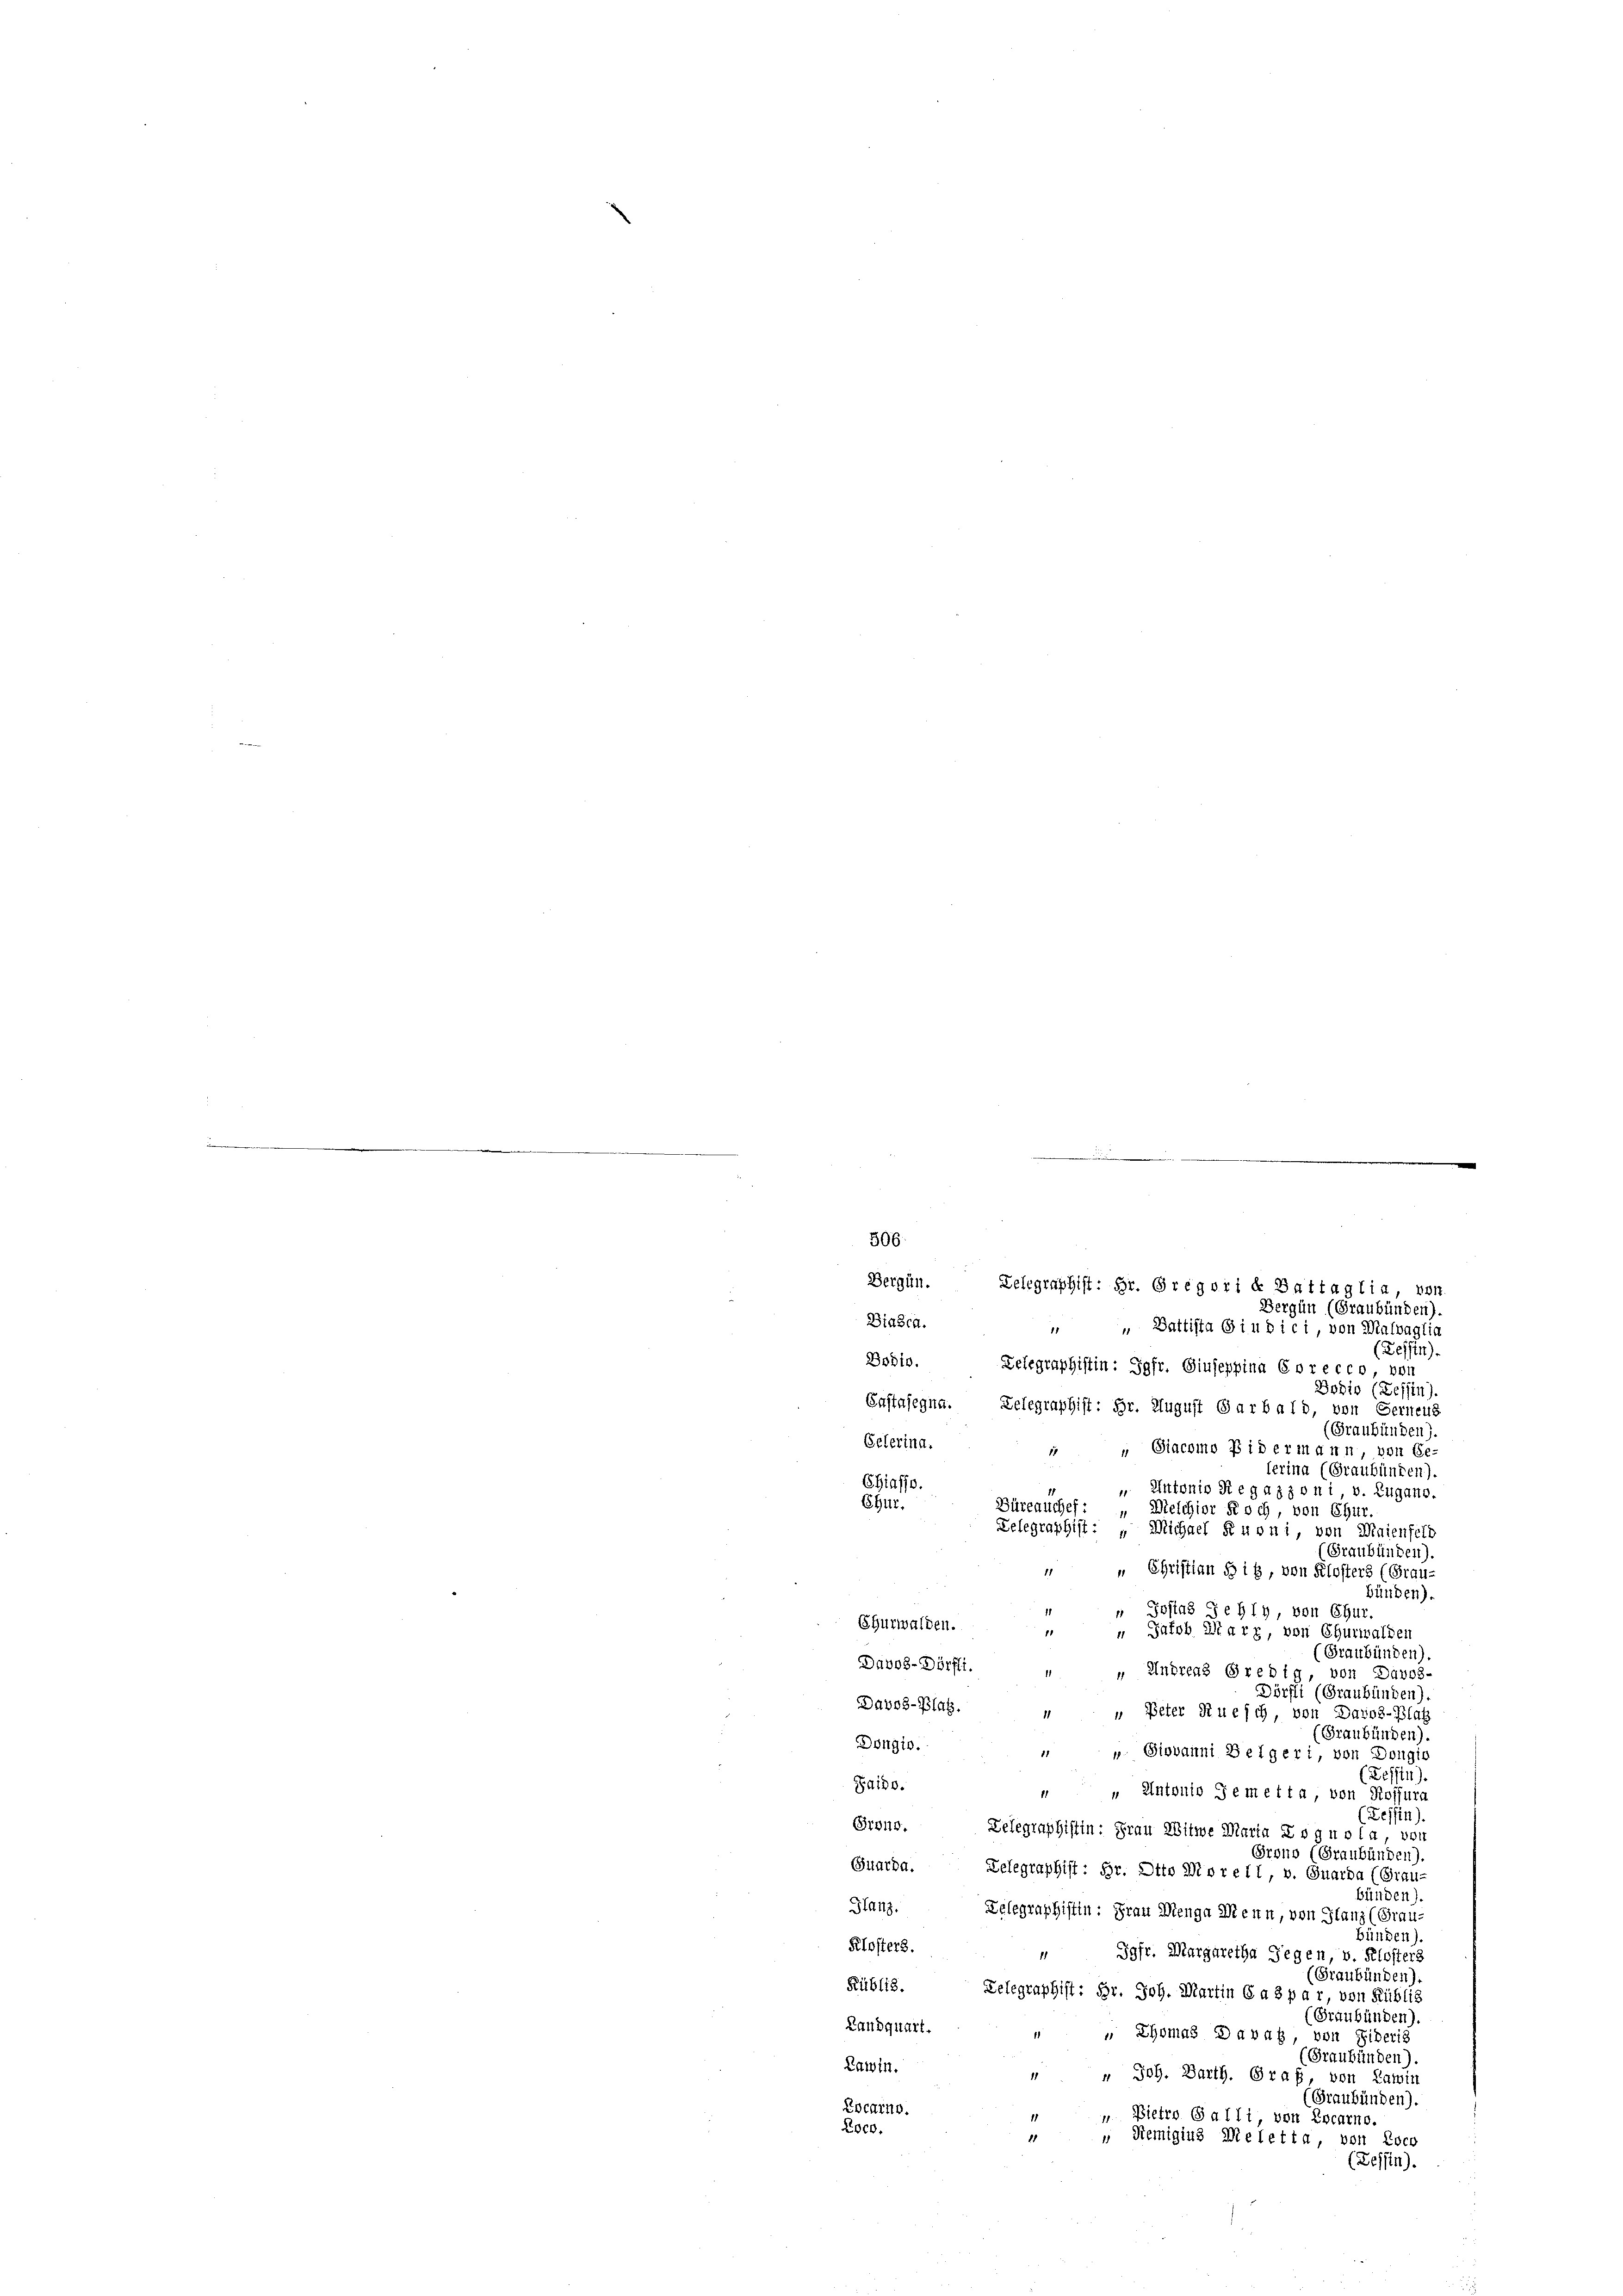
i
e

506.
Bergün (Graubünden).
Biasca. " " Buttista Giudici, von Malvaglia
(Zessin.
Bodio. Gelegraphistin: Jgfr. Giuseppina Gorecco von
Dodio (Tessin)
Enstafegna. Delegraphist: Hr. August Garbald, von Gerneus
(Graubünden).
Pelerina.
1 „ Siacomo Pidermann, von Ge
lerina (Graubünden).
Chiasso.
11
" Antonio Segazzoni, v. Zugano.
Chur.
Büreauchef: „Melchior Koch, von Chur
Telegraphist: „Michael Kuoni, von Maienfeld
(Graubünden).
 " Christian Hig, von Klosters (Grau-
bünden).
1
" Josias Sehly, von Chur.
Shurwalden.
1
“ Jakob Marz, von Churwalden
(Graubünden)
Davos-Dörfli. „ „ Andreas Gredig, von Duvos-
Dörfli (Graubünden).
Davos- Platz.
" Peter Kuesch, von Davos-Blat
(Graubünden).
Dougio.
 „ Giovanni Belgeri, von Dongir
Defftn)
Paido.
 " Antonio Semetta, von Rossura
(Zessin).
Graus. Telegraphistin: Frau Witwe Marta Lognola von
Grono (Graubünden).
Quarda. Telegraphist: Hr. Otto Divrell, v. Guarda (Grau-
bünden).
Hfanz. Gelegraphistin: Frau Neuga Menn, von Glanz (Frau-
bünden).
Klosters.
 Jgfr. Margaretha Gegen, v. Klosters
(Graubünden).
Rüblis. Telegraphist: Hr. Joh. Martin Caspar, von Küblig
Graubünden)
Landquart.
 " Ehomas Davaz, von Liberis
Graubünden).
Lawin.
" " Joh. Barth. Graf von Kamin
(Graubünden).
Locarno.
 Bietro Galli, von Escarno.
Roco.
" Remigius Meletta, von Loca
11
(Dessen).

Bergün. Telegraphist: Hr. Gregorie Battaglia, von